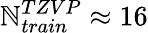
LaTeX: \mathbb{N}_{train}^{TZVP}\approx16